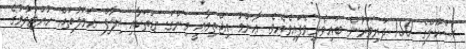
ސްކޫލްގެ 150 ދަރިވަރުން ބައިވެރިވެފައިވެއެވެ. ޢާންމު އިޖްތިމާޢީ މިންގަނޑުތަކާއި ޚިލާފް ޢަމަލުތައް ހުއްޓުވުމުގެ